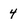
Character: 4